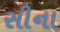
સીના